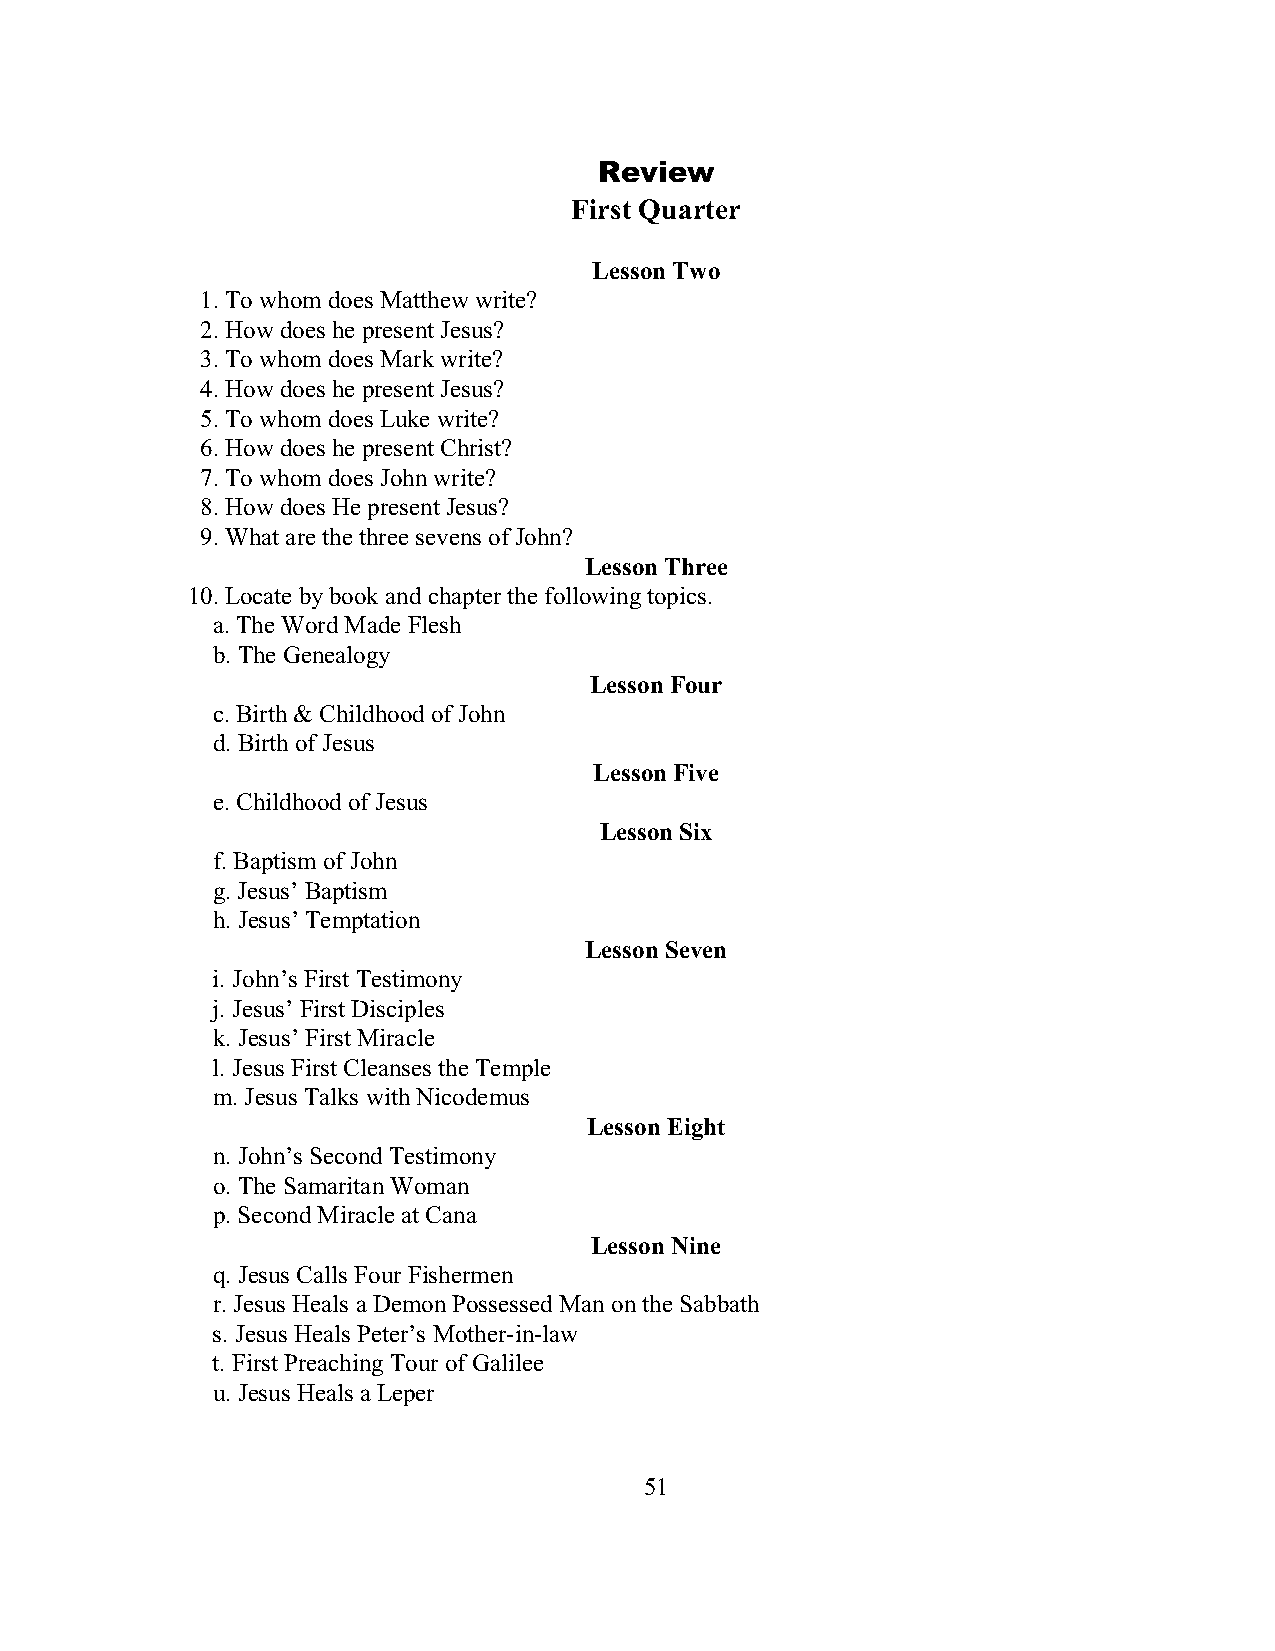
Review
 First Quarter
 Lesson Two
 1. To whom does Matthew write?
 2. How does he present Jesus?
 3. To whom does Mark write?
 4. How does he present Jesus?
 5. To whom does Luke write?
 6. How does he present Christ?
 7. To whom does John write?
 8. How does He present Jesus?
 9. What are the three sevens of John?
 Lesson Three
 10. Locate by book and chapter the following topics.
 a. The Word Made Flesh
 b. The Genealogy
 Lesson Four
 c. Birth & Childhood of John
 d. Birth of Jesus
 Lesson Five
 e. Childhood of Jesus
 Lesson Six
 f. Baptism of John
 g. Jesus’ Baptism
 h. Jesus’ Temptation
 Lesson Seven
 i. John’s First Testimony
 j. Jesus’ First Disciples
 k. Jesus’ First Miracle
 l. Jesus First Cleanses the Temple
 m. Jesus Talks with Nicodemus
 Lesson Eight
 n. John’s Second Testimony
 o. The Samaritan Woman
 p. Second Miracle at Cana
 Lesson Nine
 q. Jesus Calls Four Fishermen
 r. Jesus Heals a Demon Possessed Man on the Sabbath
 s. Jesus Heals Peter’s Mother-in-law
 t. First Preaching Tour of Galilee
 u. Jesus Heals a Leper
 51